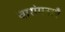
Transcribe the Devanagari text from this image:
वारांगनाएँ